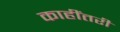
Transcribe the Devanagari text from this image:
काहींतरी